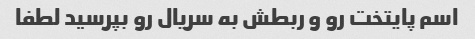
اسم پایتخت رو و ربطش به سریال رو بپرسید لطفا